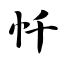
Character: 忏